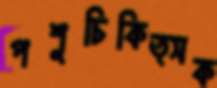
পশুচিকিত্সক